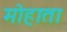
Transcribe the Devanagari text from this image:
मोहाता